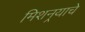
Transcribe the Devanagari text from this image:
मिशनर्‍याचे